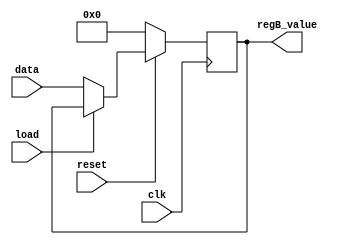
// REGISTER B

module register_B ( input clk,
						  input reset,
						  input load,
						  input [7:0] data,
						  output [7:0] regB_value);
						  
		reg [7:0] reg_B_data;
		
		always @(posedge clk) begin

			if (!reset) begin // Active low reset
				reg_B_data <= 8'h00;
			end
			
			else if (!load) begin // Active low load
				reg_B_data <= data;
			end
		
		end
		
		assign regB_value = reg_B_data; //We want to drive the signal on the same clock cycle, not wait another cycle.
						  
endmodule